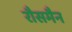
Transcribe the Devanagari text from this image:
रौसमैन